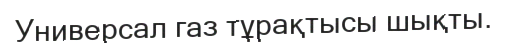
Универсал газ тұрақтысы шықты.